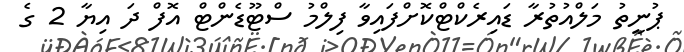
ޕުނީތު މަލްއުތުރާ ޑައިރެކްޓްކޮށްފައިވާ ފިލްމު ސްޓޫޑެންޓް އޮފް ދަ އިޔާ 2 ގެ